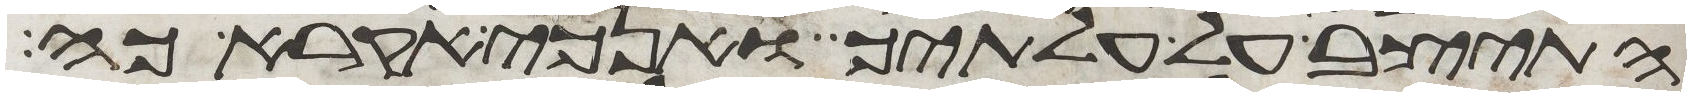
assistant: התיצב על עלתיך ואנכי אקרא כה